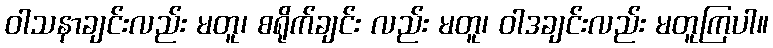
ဝါသနာချင်းလည်း မတူ၊ စရိုက်ချင်း လည်း မတူ၊ ဝါဒချင်းလည်း မတူကြပါ။